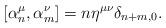
LaTeX: \begin{align*}[\alpha^\mu _n,\alpha^\nu _m]=n\eta^{\mu \nu }\delta_{n+m,0}.\end{align*}